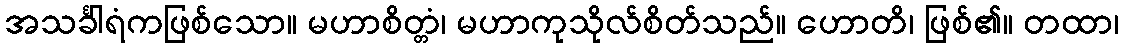
အသင်္ခါရံကဖြစ်သော။ မဟာစိတ္တံ၊ မဟာကုသိုလ်စိတ်သည်။ ဟောတိ၊ ဖြစ်၏။ တထာ၊